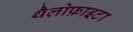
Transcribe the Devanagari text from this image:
थैलोफ़ाइटा